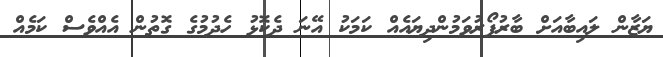
ޔަޒާން ލައިބާއަށް ބާރުފޯރުވަމުންދިޔައެއް ކަމަކު އޭނަ ދެކޮޅު ހެދުމުގެ ގޮތުން އެއްވެސް ކަމެއް